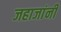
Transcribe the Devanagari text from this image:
जहाजांनी